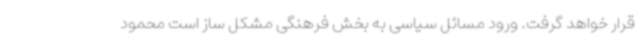
قرار خواهد گرفت. ورود مسائل سیاسی به بخش فرهنگی مشکل ساز است محمود